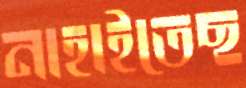
নাহাইতেছ